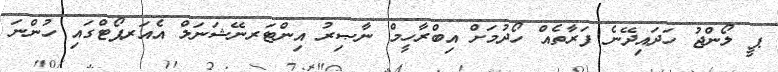
ޕީ ލޯންޖު ހަދައިދޭނެ ފަރާތެއް ހޯދުމަށް އިބްރާހީމް ނާޞިރު އިންޓަރނޭޝަނަލް އެއަރޕޯޓްގައި ހުންނަ